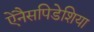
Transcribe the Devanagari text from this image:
ऐनैसपिडेशिया